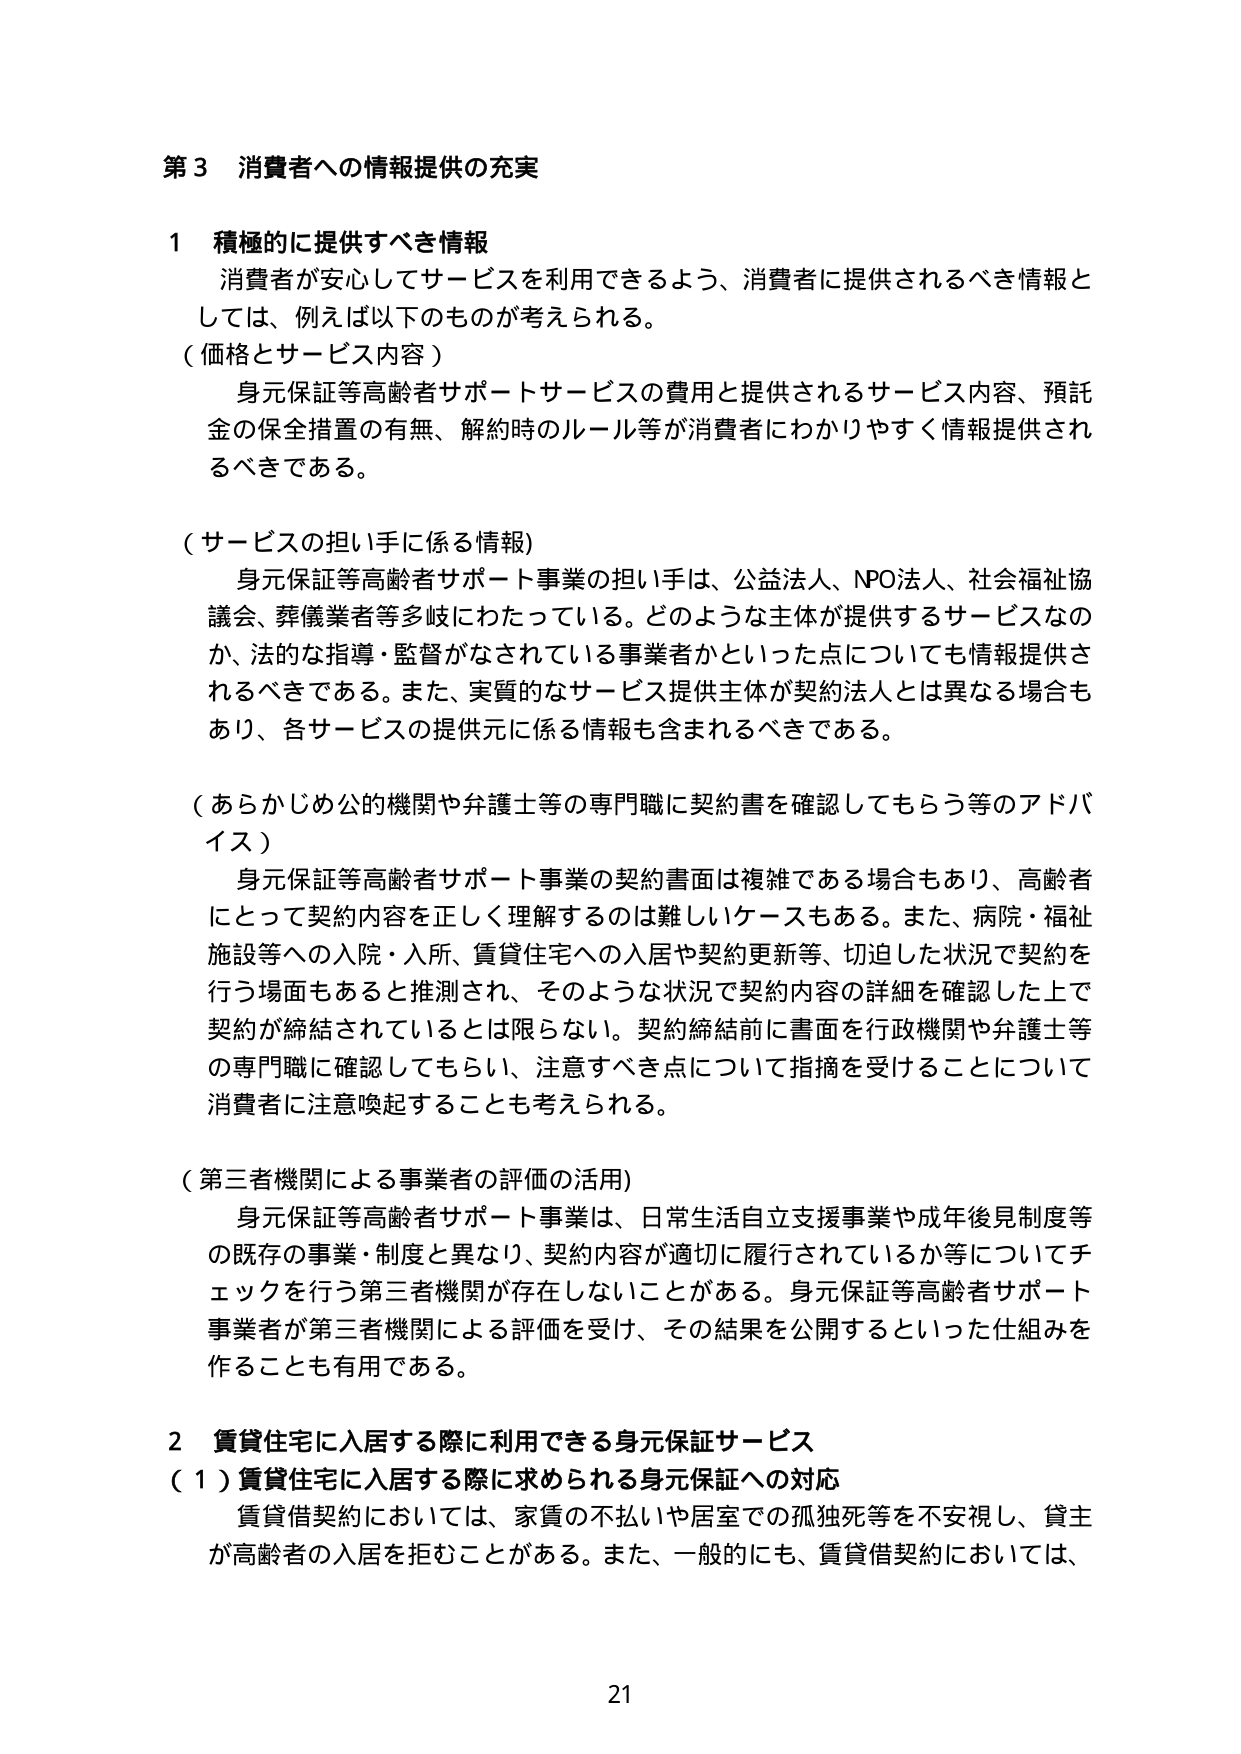
第３ 消費者への情報提供の充実

１ 積極的に提供すべき情報
消費者が安心してサービスを利用できるよう、消費者に提供されるべき情報としては、例えば以下のものが考えられる。

（価格とサービス内容）
身元保証等高齢者サポートサービスの費用と提供されるサービス内容、預託金の保全措置の有無、解約時のルール等が消費者にわかりやすく情報提供されるべきである。

（サービスの担い手に係る情報）
身元保証等高齢者サポート事業の担い手は、公益法人、NPO法人、社会福祉協議会、葬儀業者等多岐にわたっている。どのような主体が提供するサービスなのか、法的な指導・監督がなされている事業者かといった点についても情報提供されるべきである。また、実質的なサービス提供主体が契約法人とは異なる場合もあり、各サービスの提供元に係る情報も含まれるべきである。

（あらかじめ公的機関や弁護士等の専門職に契約書を確認してもらう等のアドバイス）
身元保証等高齢者サポート事業の契約書面は複雑である場合もあり、高齢者にとって契約内容を正しく理解するのは難しいケースもある。また、病院・福祉施設等への入院・入所、賃貸住宅への入居や契約更新等、切迫した状況で契約を行う場面もあると推測され、そのような状況で契約内容の詳細を確認した上で契約が締結されているとは限らない。契約締結前に書面を行政機関や弁護士等の専門職に確認してもらい、注意すべき点について指摘を受けることについて消費者に注意喚起することも考えられる。

（第三者機関による事業者の評価の活用）
身元保証等高齢者サポート事業は、日常生活自立支援事業や成年後見制度等の既存の事業・制度と異なり、契約内容が適切に履行されているか等についてチェックを行う第三者機関が存在しないことがある。身元保証等高齢者サポート事業者が第三者機関による評価を受け、その結果を公開するといった仕組みを作ることも有用である。

２ 賃貸住宅に入居する際に利用できる身元保証サービス
（１）賃貸住宅に入居する際に求められる身元保証への対応
賃貸借契約においては、家賃の不払いや居室での孤独死等を不安視し、貸主が高齢者の入居を拒むことがある。また、一般的にも、賃貸借契約においては、

21